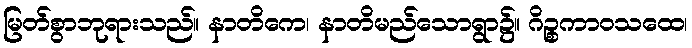
မြတ်စွာဘုရားသည်။ နာတိကေ၊ နာတိမည်သောရွာ၌။ ဂိဉ္စကာဝသထေ၊